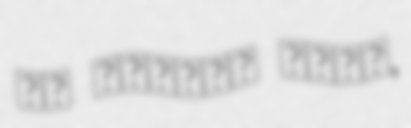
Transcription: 레프 라파일로비치 콘체비치,